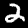
Digit: 2